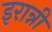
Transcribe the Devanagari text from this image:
इरान्नी